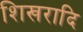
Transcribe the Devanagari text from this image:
शिखरादि